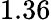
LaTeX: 1.36